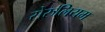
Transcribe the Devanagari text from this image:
सेरुलियम